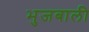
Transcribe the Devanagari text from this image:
भुजबाली